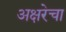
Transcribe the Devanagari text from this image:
अक्षरेचा